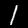
Label: 1